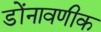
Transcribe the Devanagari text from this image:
डोंनावणीक